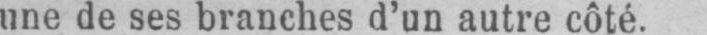
une de ses branches d’un autre côté.